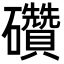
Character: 礸